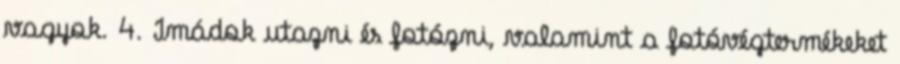
vagyok. 4. Imádok utazni és fotózni, valamint a fotóvégtermékeket